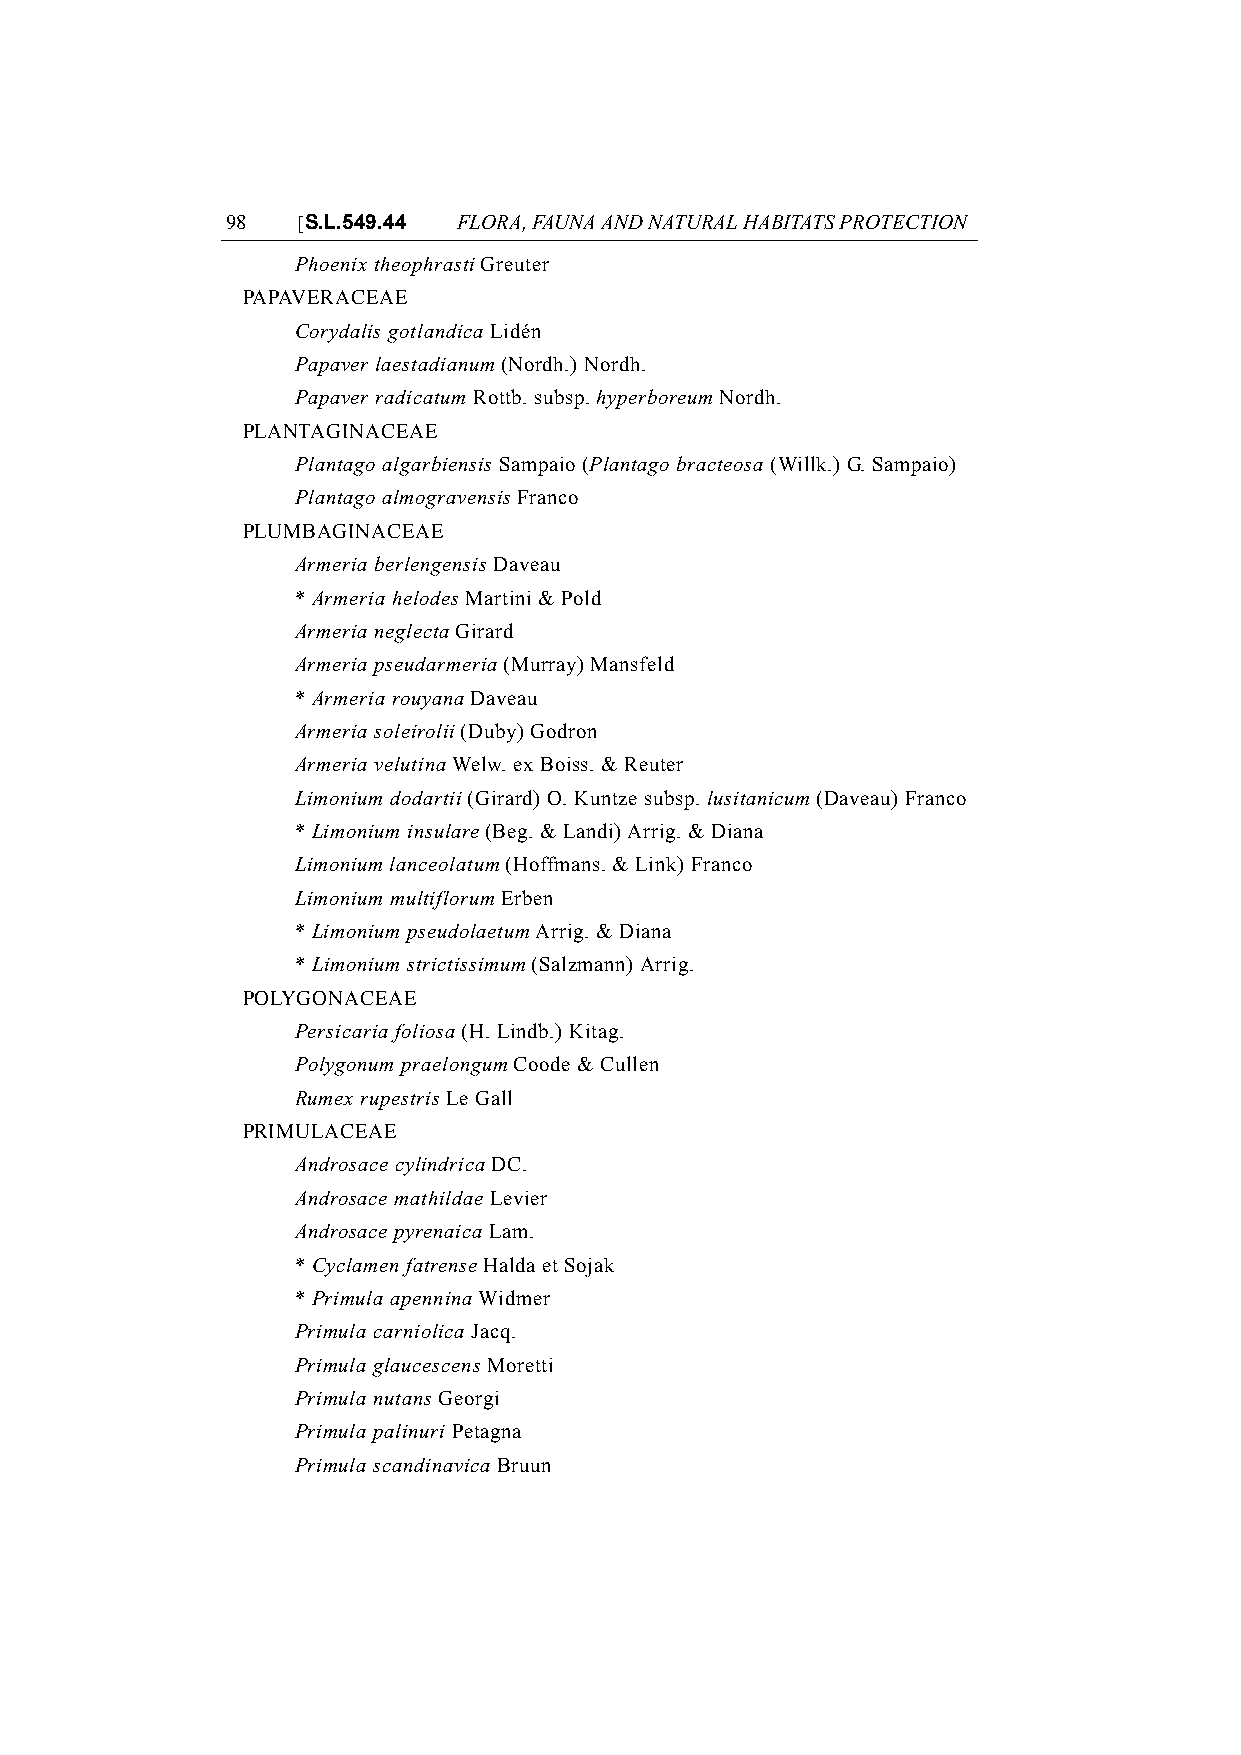
98   [S.L.549.44 FLORA, FAUNA AND NATURAL HABITATS PROTECTION
 Phoenix theophrasti Greuter
 PAPAVERACEAE
 Corydalis gotlandica Lidén
 Papaver laestadianum (Nordh.) Nordh.
 Papaver radicatum Rottb. subsp. hyperboreum Nordh.
 PLANTAGINACEAE
 Plantago algarbiensis Sampaio (Plantago bracteosa (Willk.) G. Sampaio)
 Plantago almogravensis Franco
 PLUMBAGINACEAE
 Armeria berlengensis Daveau
 * Armeria helodes Martini & Pold
 Armeria neglecta Girard
 Armeria pseudarmeria (Murray) Mansfeld
 * Armeria rouyana Daveau
 Armeria soleirolii (Duby) Godron
 Armeria velutina Welw. ex Boiss. & Reuter
 Limonium dodartii (Girard) O. Kuntze subsp. lusitanicum (Daveau) Franco
 * Limonium insulare (Beg. & Landi) Arrig. & Diana
 Limonium lanceolatum (Hoffmans. & Link) Franco
 Limonium multiflorum Erben
 * Limonium pseudolaetum Arrig. & Diana
 * Limonium strictissimum (Salzmann) Arrig.
 POLYGONACEAE
 Persicaria foliosa (H. Lindb.) Kitag.
 Polygonum praelongum Coode & Cullen
 Rumex rupestris Le Gall
 PRIMULACEAE
 Androsace cylindrica DC.
 Androsace mathildae Levier
 Androsace pyrenaica Lam.
 * Cyclamen fatrense Halda et Sojak
 * Primula apennina Widmer
 Primula carniolica Jacq.
 Primula glaucescens Moretti
 Primula nutans Georgi
 Primula palinuri Petagna
 Primula scandinavica Bruun